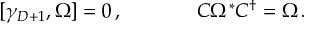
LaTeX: \begin{array} { c c } { { [ \gamma _ { D + 1 } , \Omega ] = 0 \, , ~ ~ ~ ~ } } & { { ~ ~ ~ ~ C \Omega ^ { \ast } C ^ { \dagger } = \Omega \, . } } \end{array}